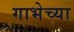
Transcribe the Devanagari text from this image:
गाभेच्या